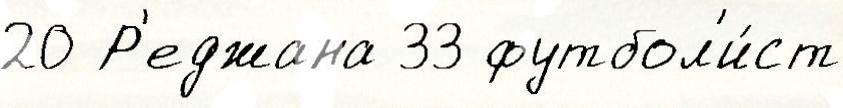
20 Р'еджана 33 футбол'и́ст